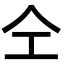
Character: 仝